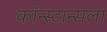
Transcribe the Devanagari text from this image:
कॉन्स्टान्सला